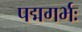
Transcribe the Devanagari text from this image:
पद्मगर्भः